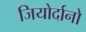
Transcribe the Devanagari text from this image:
जियोर्दानो